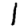
Digit: 1